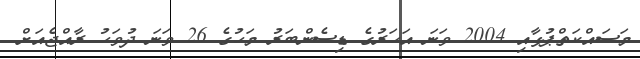
މަސައްކަތްޕުޅާއި 2004 ވަނަ އަހަރުގެ ޑިސެންބަރު މަހުގެ 26 ވަނަ ދުވަހު ރާއްޖެއަށް